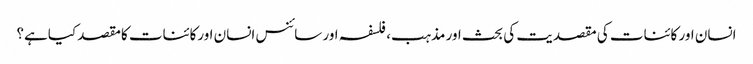
انسان اور کائنات کی مقصدیت کی بحث اور مذہب، فلسفہ اور سائنس انسان اورکائنات کامقصد کیاہے؟